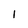
Character: l